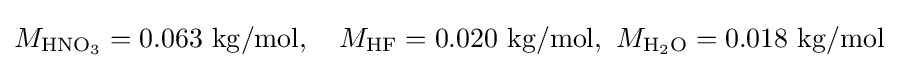
M_{\mathrm {HNO_{3}} }=0.063\ \mathrm {kg/mol} ,\quad M_{\mathrm {HF} }=0.020\ \mathrm {kg/mol} ,\ M_{\mathrm {H_{2}O} }=0.018\ \mathrm {kg/mol}